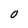
Character: O